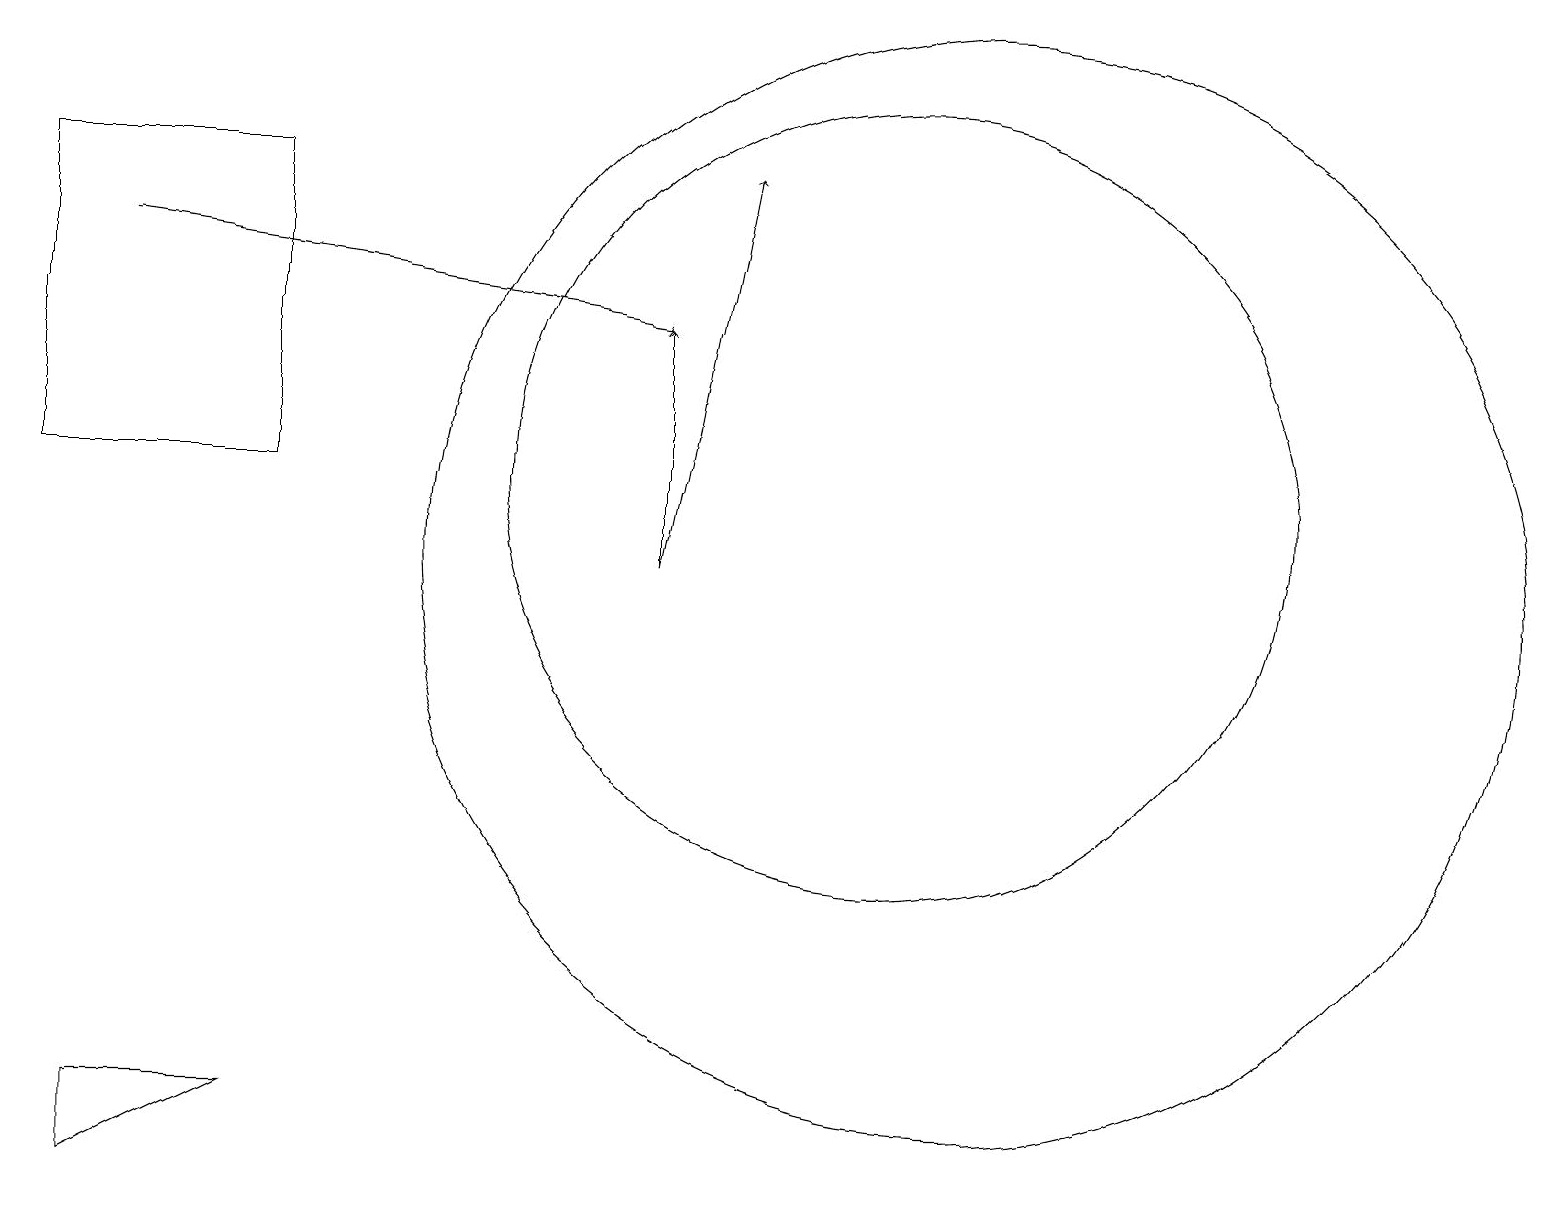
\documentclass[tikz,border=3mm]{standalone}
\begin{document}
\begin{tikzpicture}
\draw[->] (8,11) -- (8,14);
\draw (12,11) circle (7);
\draw (11,12) circle (5);
\draw[->] (8,11) -- (9,16);
\draw (3,4) -- (1,3) -- (1,4) -- cycle;
\draw[->] (1,15) -- (8,14);
\draw (0,12) rectangle (3,16);
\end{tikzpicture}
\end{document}